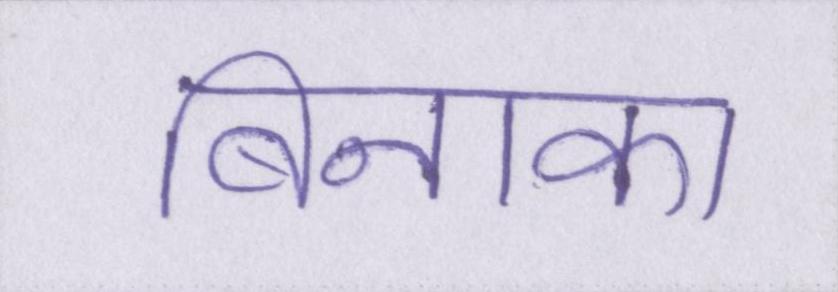
बिनाका